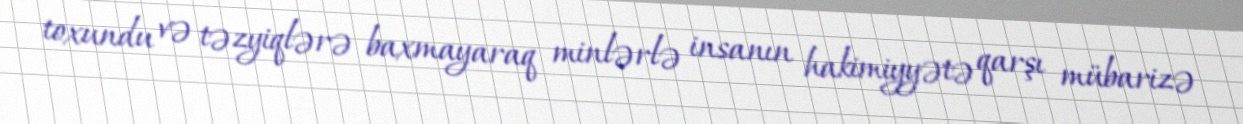
toxundu və təzyiqlərə baxmayaraq minlərlə insanın hakimiyyətə qarşı mübarizə